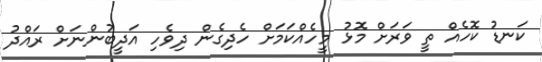
ކަނޑު ކޮހެއް ތީ ވަރަށް މޮޅު މީހެއްކަމަށް ހެދިގެން ދިވެހި އަދީބުންނަށް ރައްދު